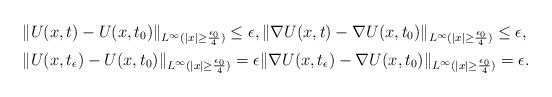
LaTeX: \begin{align*}&\|U(x,t) - U(x,t_0)\|_{L^\infty(|x| \geq \frac{\epsilon_0}{4})} \leq \epsilon, \|\nabla U(x,t) - \nabla U(x,t_0)\|_{L^\infty(|x| \geq \frac{\epsilon_0}{4})} \leq \epsilon,\\&\|U(x,t_\epsilon) - U(x,t_0)\|_{L^\infty(|x| \geq \frac{\epsilon_0}{4})} = \epsilon \|\nabla U(x,t_\epsilon) - \nabla U(x,t_0)\|_{L^\infty(|x| \geq \frac{\epsilon_0}{4})} = \epsilon.\end{align*}